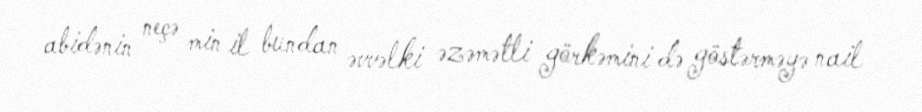
abidənin neçə min il bundan əvvəlki əzəmətli görkəmini də göstərməyə nail